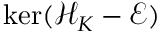
\ker ( \mathcal { H } _ { K } - \mathcal { E } )